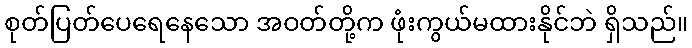
စုတ်ပြတ်ပေရေနေသော အဝတ်တို့က ဖုံးကွယ်မထားနိုင်ဘဲ ရှိသည်။